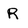
Character: R